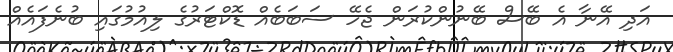
އަދި އޭނާ އެ ބޭސް ބޭނުންކުރަން ޖެހޭ ސަބަބެއް ޑޮކްޓަރުގެ ލިއުމުގައި ބުނެފައެއް